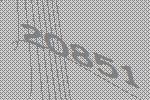
20851